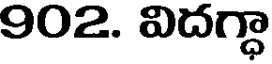
902. విదగ్ధా